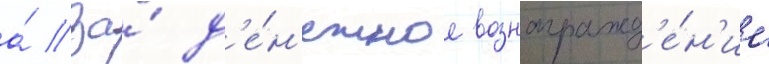
а́ за́ д'е́н'ежное вознагражд'е́н'ие